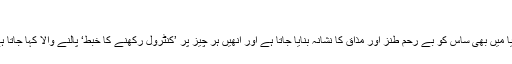
‘
انڈیا میں بھی ساس کو بے رحم طنز اور مذاق کا نشانہ بنایا جاتا ہے اور انھیں ہر چیز پر ’کنٹرول رکھنے کا خبط‘ پالنے والا کہا جاتا ہے۔